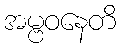
အမ္ဗဝနေတိ